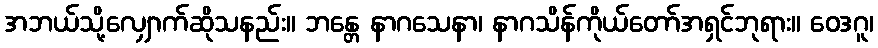
အဘယ်သို့လျှောက်ဆိုသနည်း။ ဘန္တေ နာဂသေနာ၊ နာဂသိန်ကိုယ်တော်အရှင်ဘုရား။ ဝေဒဂူ၊